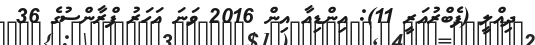
ދިއްލީ (ފެބްރުއަރީ 11): އިންޑިއާ އިން 2016 ވަނަ އަހަރު ފްރާންސުގެ 36